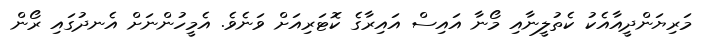
މަރިޔަންދީއާއެކު ކެތުލީނާއި މޯނާ އައިސް އައިރާގެ ކޮޓަރިއަށް ވަނެވެ. އެމީހުންނަށް އެނދުގައި ރޯން